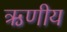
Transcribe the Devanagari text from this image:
ऋणीय